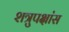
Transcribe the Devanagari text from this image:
शत्रुपक्षांस